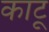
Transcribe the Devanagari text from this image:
काटू